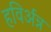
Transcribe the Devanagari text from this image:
हविर्अन्न